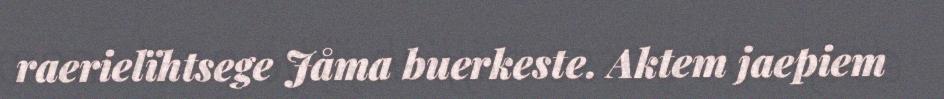
raerielïhtsege Jåma buerkeste. Aktem jaepiem